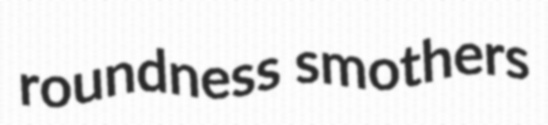
roundness smothers